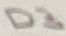
Text: D3